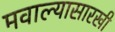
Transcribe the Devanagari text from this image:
मवाल्यासारखी